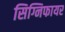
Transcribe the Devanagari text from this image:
सिग्निफायर